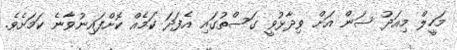
މަހީލް މިއަދު ސަން އަށް ވިދާޅުވީ ގަސްތުގައި އެފަދަ ކަމެއް ކޮށްފައިނުވާނެ ކަަމަށެވެ.